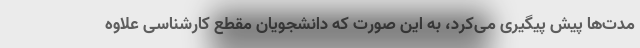
مدت‌ها پیش پیگیری می‌کرد، به این صورت که دانشجویان مقطع کارشناسی علاوه